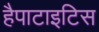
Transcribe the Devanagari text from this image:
हैपाटाइटिस